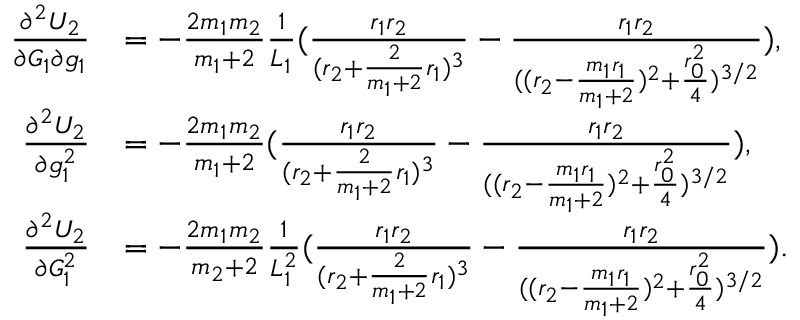
\begin{array} { r l } { \frac { \partial ^ { 2 } U _ { 2 } } { \partial G _ { 1 } \partial g _ { 1 } } } & { = - \frac { 2 m _ { 1 } m _ { 2 } } { m _ { 1 } + 2 } \frac { 1 } { L _ { 1 } } ( \frac { r _ { 1 } r _ { 2 } } { ( r _ { 2 } + \frac { 2 } { m _ { 1 } + 2 } r _ { 1 } ) ^ { 3 } } - \frac { r _ { 1 } r _ { 2 } } { ( ( r _ { 2 } - \frac { m _ { 1 } r _ { 1 } } { m _ { 1 } + 2 } ) ^ { 2 } + \frac { r _ { 0 } ^ { 2 } } { 4 } ) ^ { 3 / 2 } } ) , } \\ { \frac { \partial ^ { 2 } U _ { 2 } } { \partial g _ { 1 } ^ { 2 } } } & { = - \frac { 2 m _ { 1 } m _ { 2 } } { m _ { 1 } + 2 } ( \frac { r _ { 1 } r _ { 2 } } { ( r _ { 2 } + \frac { 2 } { m _ { 1 } + 2 } r _ { 1 } ) ^ { 3 } } - \frac { r _ { 1 } r _ { 2 } } { ( ( r _ { 2 } - \frac { m _ { 1 } r _ { 1 } } { m _ { 1 } + 2 } ) ^ { 2 } + \frac { r _ { 0 } ^ { 2 } } { 4 } ) ^ { 3 / 2 } } ) , } \\ { \frac { \partial ^ { 2 } U _ { 2 } } { \partial G _ { 1 } ^ { 2 } } } & { = - \frac { 2 m _ { 1 } m _ { 2 } } { m _ { 2 } + 2 } \frac { 1 } { L _ { 1 } ^ { 2 } } ( \frac { r _ { 1 } r _ { 2 } } { ( r _ { 2 } + \frac { 2 } { m _ { 1 } + 2 } r _ { 1 } ) ^ { 3 } } - \frac { r _ { 1 } r _ { 2 } } { ( ( r _ { 2 } - \frac { m _ { 1 } r _ { 1 } } { m _ { 1 } + 2 } ) ^ { 2 } + \frac { r _ { 0 } ^ { 2 } } { 4 } ) ^ { 3 / 2 } } ) . } \end{array}